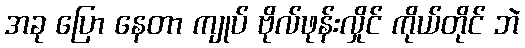
အခု ပြော နေတာ ကျုပ် ဗိုလ်ဖုန်းလှိုင် ကိုယ်တိုင် ဘဲ